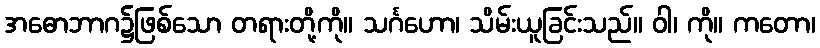
အဓောဘာဂ၌ဖြစ်သော တရားတို့ကို။ သင်္ဂဟော၊ သိမ်းယူခြင်းသည်။ ဝါ၊ ကို။ ကတော၊